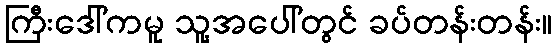
ကြီးဒေါ်ကမူ သူ့အပေါ်တွင် ခပ်တန်းတန်း။